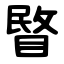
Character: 睯